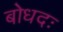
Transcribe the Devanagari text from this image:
बोधदः